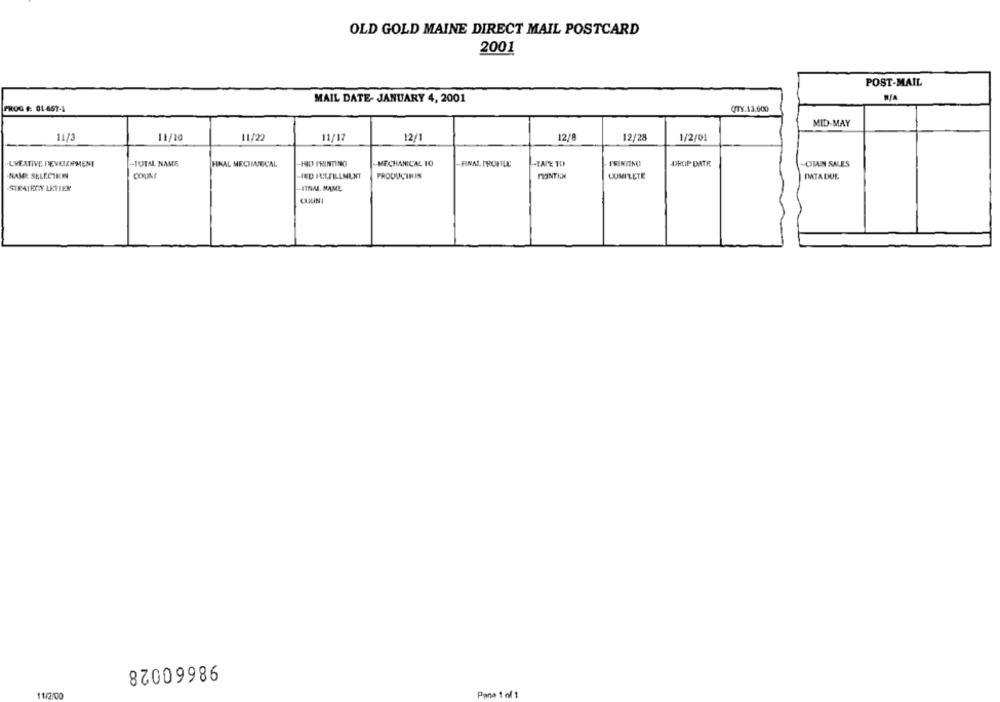
OLD GOLD MAINE DIRECT MAIL POSTCARD
2001
POST-MAIL
MAIL DATE- JANUARY 4, 2001
R/A
PROG #: 01-457-1
QTY.13,600
MID-MAY
11/10
11/22
11/17
12/1
12/8
12/28
1/2/01
-- TOTAL NAME
-HID PRINTING
MECHANICAL TO
-TATE TO
-L'KEATIVE DEVELOPMENT
FINAL MECHIARECAL
-FINAL PROFILE
ISINIMI
-DROP DATE
-CIMAIN SALES
NAME SELECTICH
COUNT
HED FULFILLMENT
PRODUCIRIN
MUNTEN
COMPLETE
DATA DUL
STRATEGY LETTER
COUNI
82009986
11/7:00
Pane 1 of 1